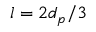
l = 2 d _ { p } / 3